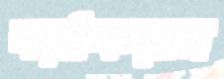
কাঠকলের